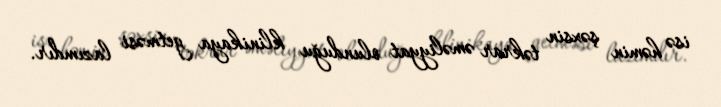
isə həmin şəxsin təkrar əməliyyat olunduğu klinikaya getməsi lazımdır.